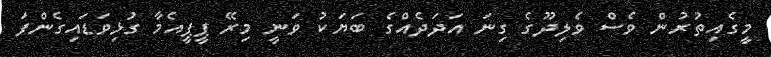
މީގެއިތުރުން ވެސް ވެލިދޫގެ ގިނަ އަދަދެއްގެ ބަޔަކު ވަނީ މިރޭ ޕީޕީއެމާ ގުޅިވަޑައިގެންފަ